Source: Handwritten
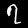
Digit: ၇ (7)